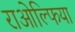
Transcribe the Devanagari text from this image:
राओल्फिया